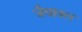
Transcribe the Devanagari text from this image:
जैवानल